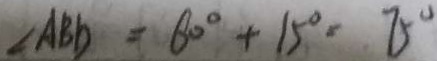
\angle A B D = 6 0 ^ { \circ } + 1 5 ^ { \circ } - 7 5 ^ { \circ }